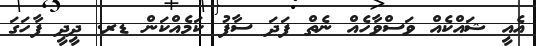
އެއީ ޝައްކެއް ވަސްވާހެއް ނެތް ފަދަ ސާފު ކަމެއްކަން ޑރ. ދީދީ ފާހަގަ